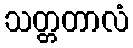
သတ္တတာလံ